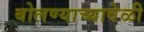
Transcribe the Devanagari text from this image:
बोलण्याच्यावेळी